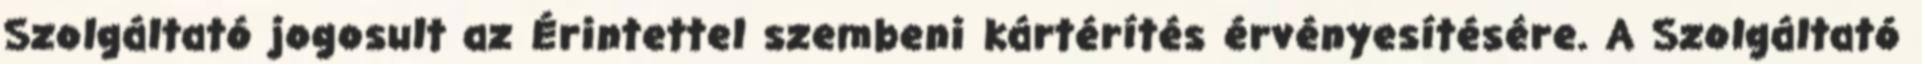
Szolgáltató jogosult az Érintettel szembeni kártérítés érvényesítésére. A Szolgáltató